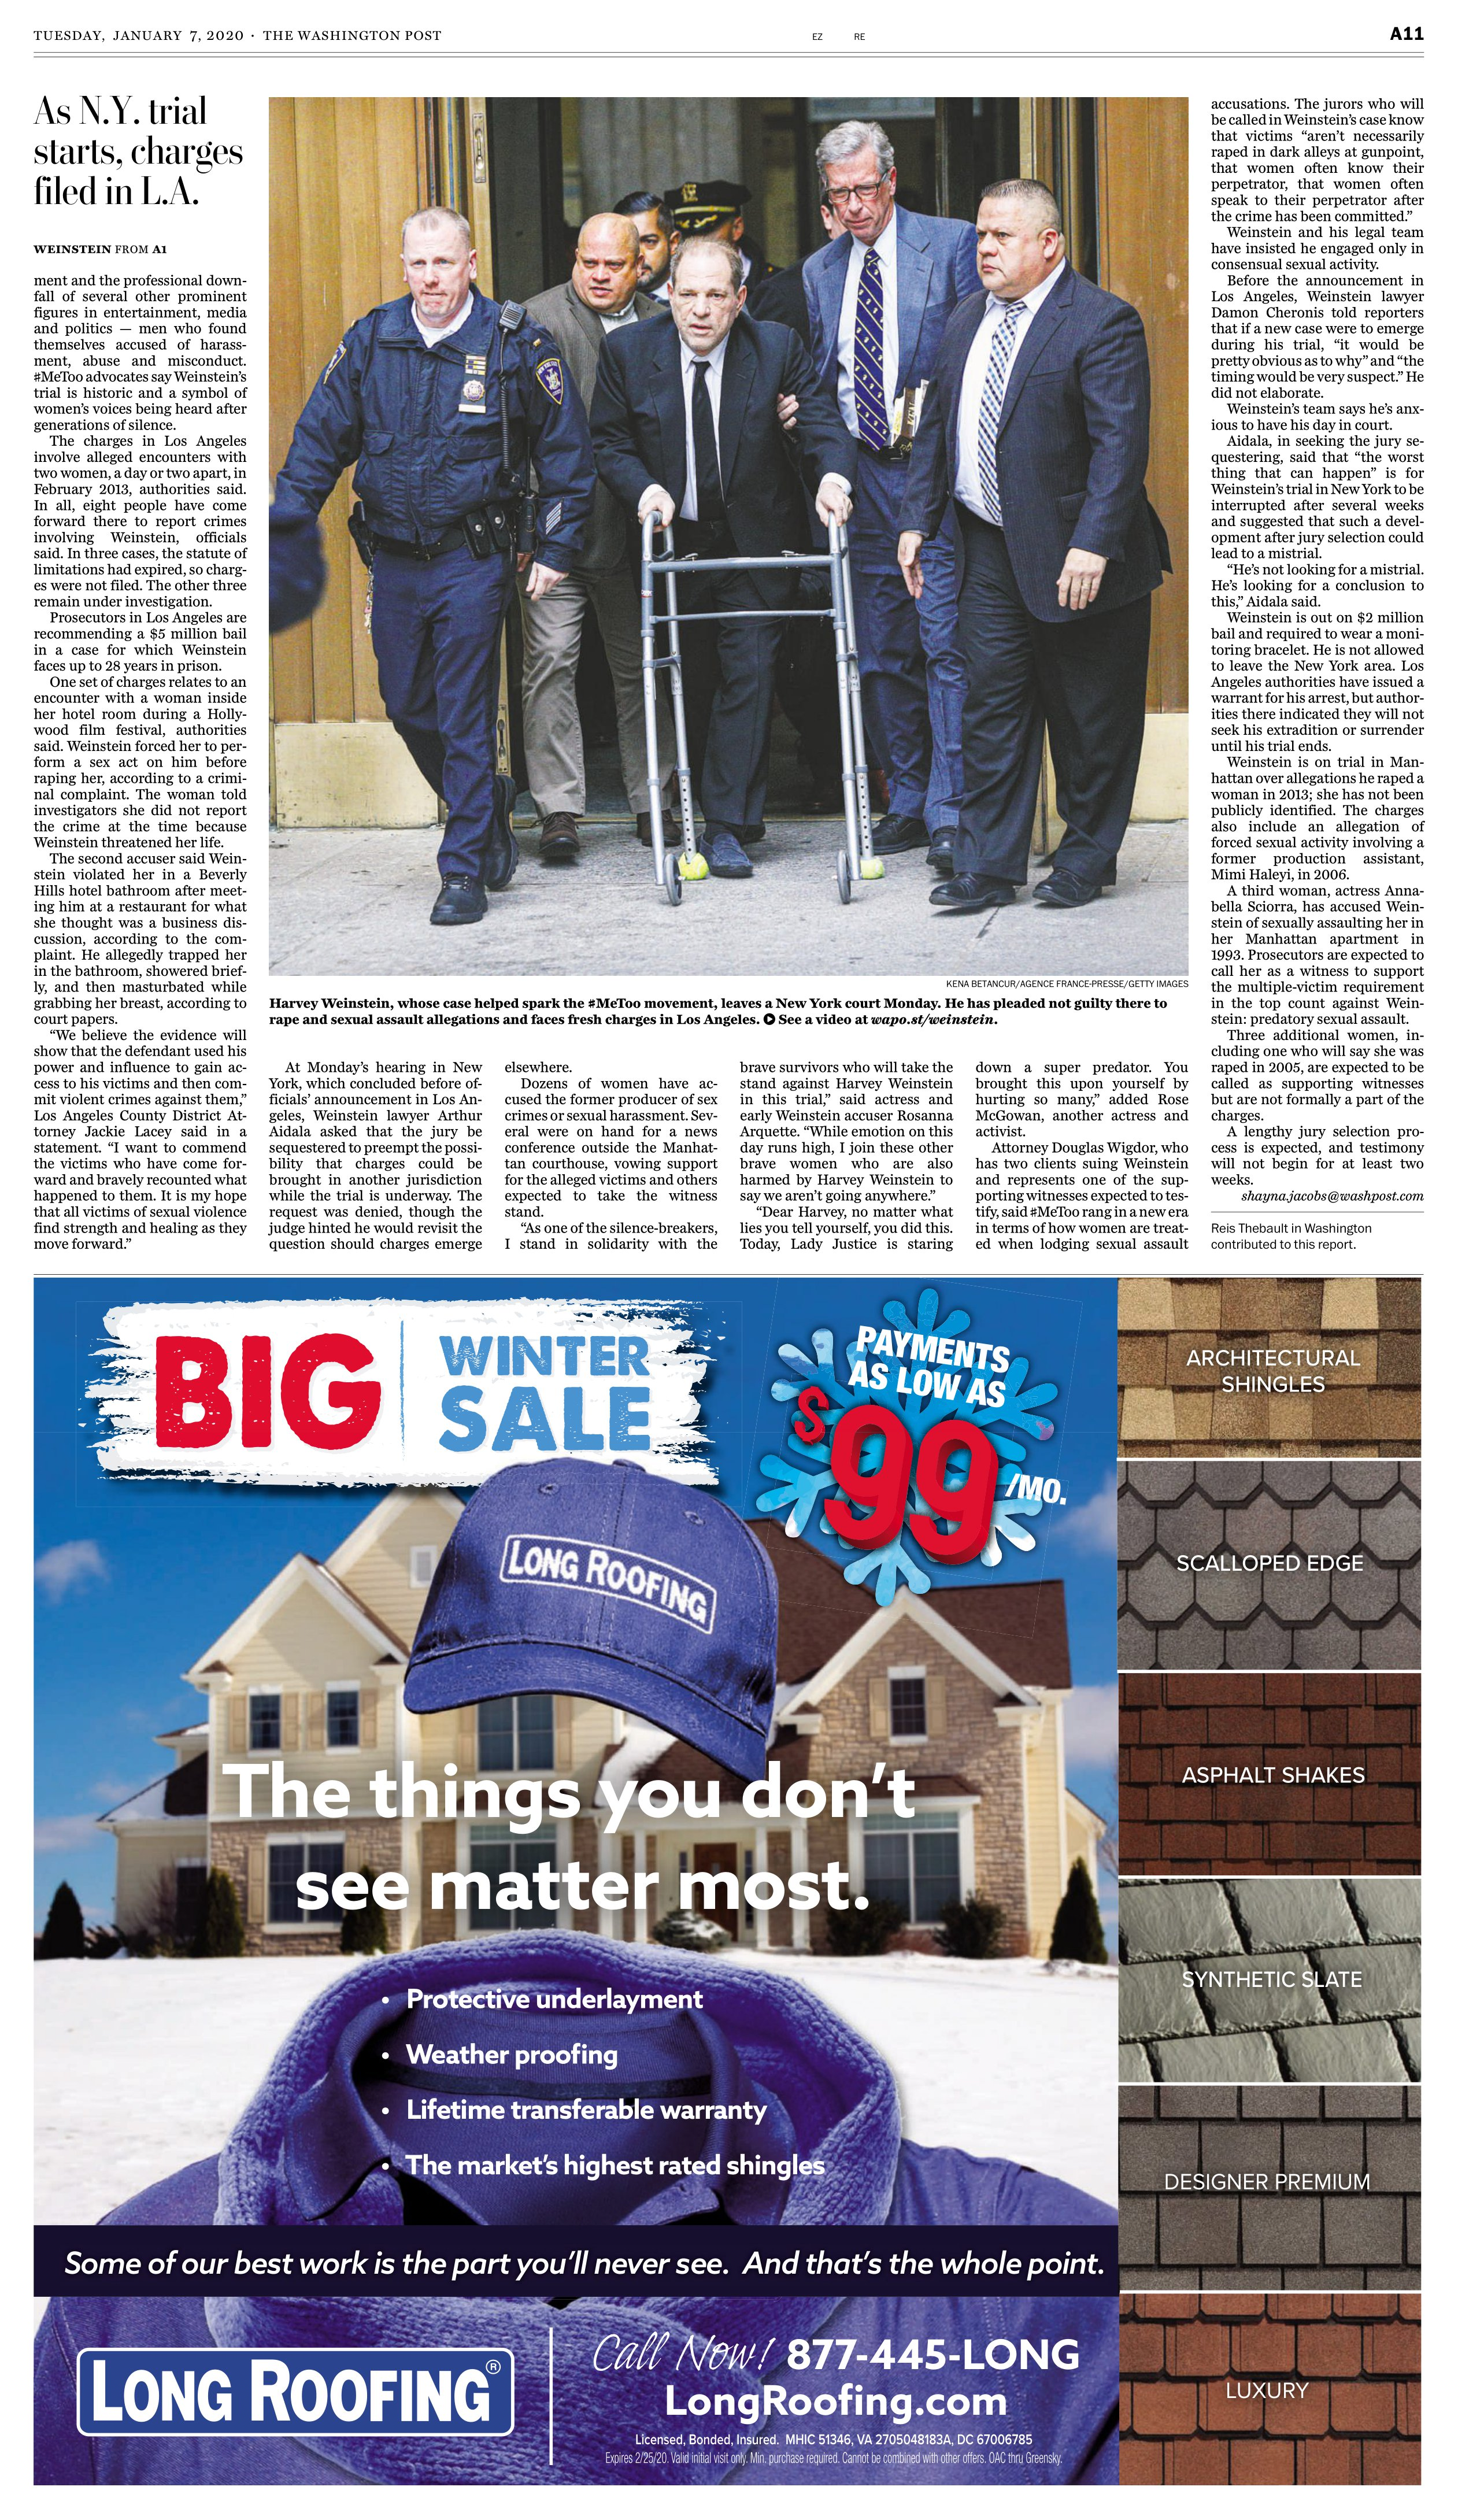
Language: en